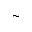
\sim